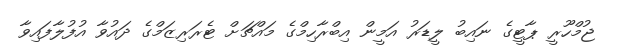
ޖުމްހޫރީ ޕާޓީގެ ނައިބު ލީޑަރު އަމީން އިބްރާހިމްގެ މައްޗަށް ޓެރަރިޒަމްގެ ދައުވާ އުފުލާފައިވާ